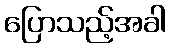
ပြောသည့်အခါ